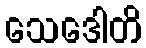
သေဒေါတိ